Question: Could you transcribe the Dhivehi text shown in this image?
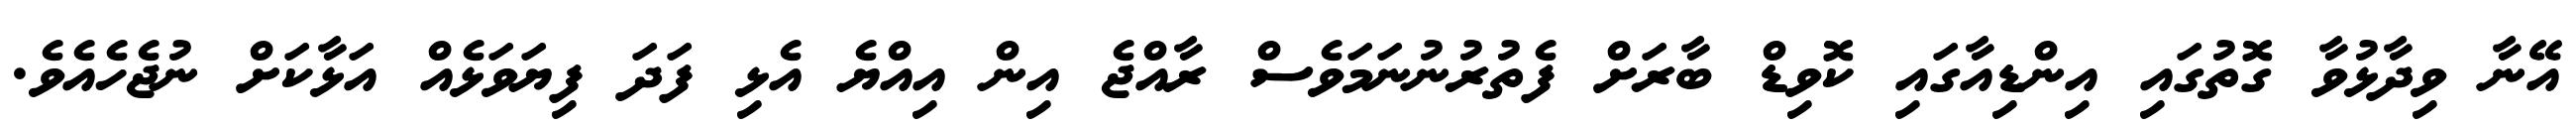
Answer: އޭނާ ވިދާޅުވާ ގޮތުގައި އިންޑިއާގައި ކޮވިޑް ބާރަށް ފެތުރުނުނަމަވެސް ރާއްޖެ އިން އިއްޔެ އެޅި ފަދަ ފިޔަވަޅެއް އަޅާކަށް ނުޖެހެއެވެ.